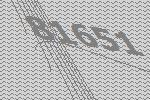
81651